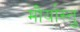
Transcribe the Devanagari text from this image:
मौर्यास्तु